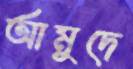
আমুদে